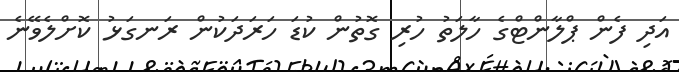
އަދި ފެން ޕްލާންޓްގެ ހާލަތު ހުރި ގޮތުން ކުޑަ ހަރަދަކުން ރަނގަޅު ކޮށްލެވޭނެ